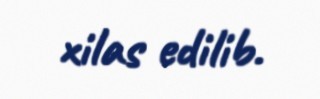
xilas edilib.